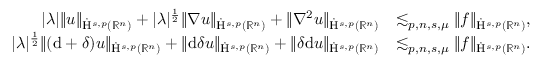
\begin{array} { r l } { \lvert \lambda \rvert \lVert u \rVert _ { \dot { \mathrm { H } } ^ { s , p } ( \mathbb { R } ^ { n } ) } + \lvert \lambda \rvert ^ { \frac { 1 } { 2 } } \lVert \nabla u \rVert _ { \dot { \mathrm { H } } ^ { s , p } ( \mathbb { R } ^ { n } ) } + \lVert \nabla ^ { 2 } u \rVert _ { \dot { \mathrm { H } } ^ { s , p } ( \mathbb { R } ^ { n } ) } } & { \lesssim _ { p , n , s , \mu } \lVert f \rVert _ { \dot { \mathrm { H } } ^ { s , p } ( \mathbb { R } ^ { n } ) } \mathrm { , ~ } } \\ { \lvert \lambda \rvert ^ { \frac { 1 } { 2 } } \lVert ( \mathrm { d } + \delta ) u \rVert _ { \dot { \mathrm { H } } ^ { s , p } ( \mathbb { R } ^ { n } ) } + \lVert \mathrm { d } \delta u \rVert _ { \dot { \mathrm { H } } ^ { s , p } ( \mathbb { R } ^ { n } ) } + \lVert \delta \mathrm { d } u \rVert _ { \dot { \mathrm { H } } ^ { s , p } ( \mathbb { R } ^ { n } ) } } & { \lesssim _ { p , n , s , \mu } \lVert f \rVert _ { \dot { \mathrm { H } } ^ { s , p } ( \mathbb { R } ^ { n } ) } \mathrm { . ~ } } \end{array}